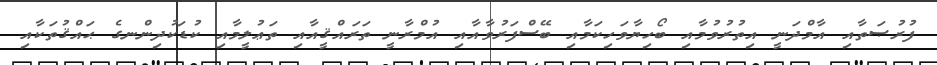
ފުރުޞަތާއި އާމްދަނީ އިތުރުވުމާއި ބޯހިޔާވަހިކަމާއި ބޭސްފަރުވާއާއި އުމްރާނީ ތަރައްޤީއާއި ތަޢުލީމާއި ކުޑަކުދިންނގެ ޙައްޤުތަކާއި